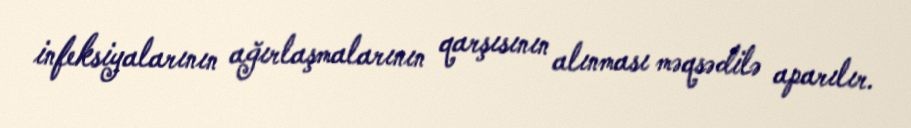
infeksiyalarının ağırlaşmalarının qarşısının alınması məqsədilə aparılır.